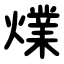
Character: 㸁